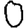
Digit: 0